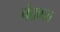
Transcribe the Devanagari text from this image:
चंद्रबळ